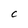
Character: c